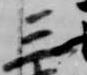
三